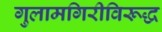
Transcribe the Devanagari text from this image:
गुलामगिरीविरूद्ध